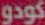
كودو